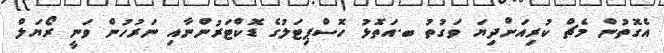
އެގޮތުން މެޗް ކުރިއަށްދިޔަ ވަގުތު ބ.އަތޮޅު ހޮސްޕިޓަލުގެ ޑޮކްޓަރުންނާއި ނަރުހުން ވަނީ ރޯޔަލް